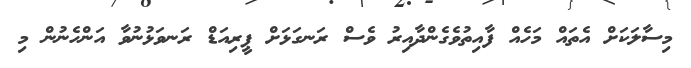
މިސާލަކަށް އެތައް މަހެއް ފާއިތުވެގެންދާއިރު ވެސް ރަނގަޅަށް ޕީރިއަޑް ރަނވަޅުނުވާ އަންހެނުން މި